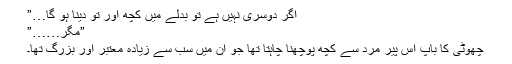
اگر دوسری نہیں ہے تو بدلے میں کچھ اور تو دینا ہو گا…”
”مگر……”
چھوٹی کا باپ اس پیر مرد سے کچھ پوچھنا چاہتا تھا جو اُن میں سب سے زیادہ معتبر اور بزرگ تھا۔